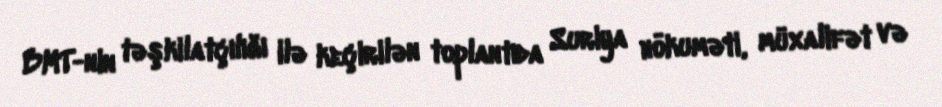
BMT-nin təşkilatçılığı ilə keçirilən toplantıda Suriya hökuməti, müxalifət və